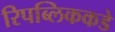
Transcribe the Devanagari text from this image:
रिपब्लिककडे